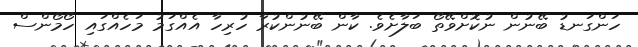
ހަންގަނޑު ބޭނުން ނުކޮށްވޭތޯ ބަލާށެވެ. ކާން ބޭނުންކުރާ ހުރިހާ އެއްގަމު މަހެއްގައި ހޯމޯންސް